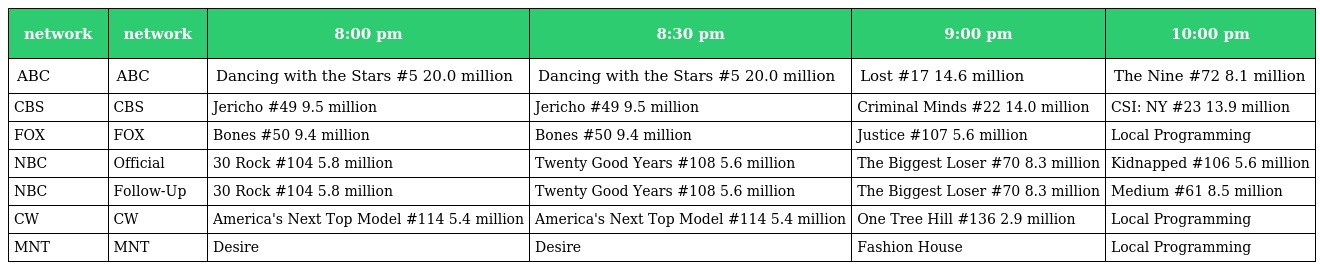
| network | network | 8:00 pm | 8:30 pm | 9:00 pm | 10:00 pm |
 | --- | --- | --- | --- | --- | --- |
 | ABC | ABC | Dancing with the Stars #5 20.0 million | Dancing with the Stars #5 20.0 million | Lost #17 14.6 million | The Nine #72 8.1 million |
 | CBS | CBS | Jericho #49 9.5 million | Jericho #49 9.5 million | Criminal Minds #22 14.0 million | CSI: NY #23 13.9 million |
 | FOX | FOX | Bones #50 9.4 million | Bones #50 9.4 million | Justice #107 5.6 million | Local Programming |
 | NBC | Official | 30 Rock #104 5.8 million | Twenty Good Years #108 5.6 million | The Biggest Loser #70 8.3 million | Kidnapped #106 5.6 million |
 | NBC | Follow-Up | 30 Rock #104 5.8 million | Twenty Good Years #108 5.6 million | The Biggest Loser #70 8.3 million | Medium #61 8.5 million |
 | CW | CW | America's Next Top Model #114 5.4 million | America's Next Top Model #114 5.4 million | One Tree Hill #136 2.9 million | Local Programming |
 | MNT | MNT | Desire | Desire | Fashion House | Local Programming |